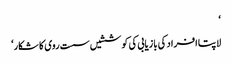
‘
لاپتا افراد کی بازیابی کی کوششیں سست روی کا شکار‘